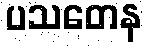
ပသတေန